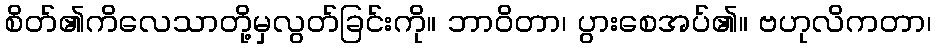
စိတ်၏ကိလေသာတို့မှလွတ်ခြင်းကို။ ဘာဝိတာ၊ ပွားစေအပ်၏။ ဗဟုလိကတာ၊